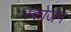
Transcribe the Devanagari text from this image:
स्कोजन